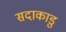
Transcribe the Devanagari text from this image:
सदाकाडु